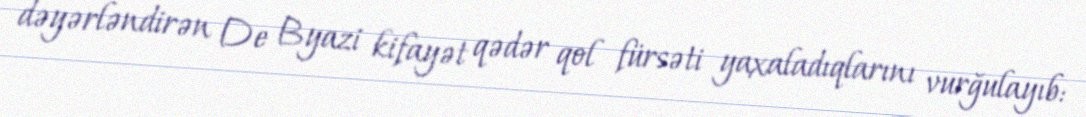
dəyərləndirən De Byazi kifayət qədər qol fürsəti yaxaladıqlarını vurğulayıb: